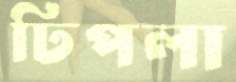
ঢিপলা